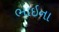
ભાઇના